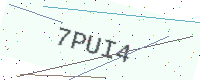
Text: 7PUI4